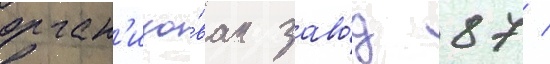
орган'изо́ван заво́д 87 /